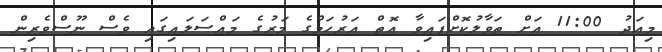
މިއަދު 11:00 އަށް ތަވާލުކޮށްފައިވާ އޮތް އަރުހަމްގެ މަރުގެ މައްސަލައިގައި ވެސް ނޫސްވެރިން